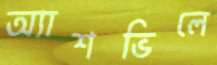
অ্যাশভিলে